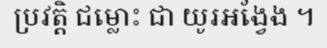
ប្រវត្តិ ជម្លោះ ជា យូរអង្វែង ។